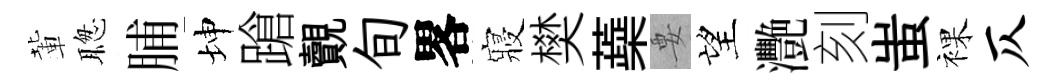
輩聦脯坤蹌覿旬畧寢樊蘃要望灧刻蚩裸仄